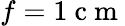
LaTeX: f=1\mathrm{~c~m~}